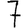
Digit: 7